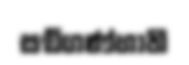
සඞ්ගණ්හාති